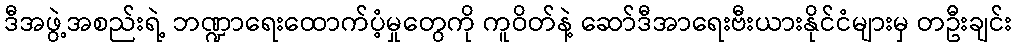
ဒီအဖွဲ့အစည်းရဲ့ ဘဏ္ဍာရေးထောက်ပံ့မှုတွေကို ကူဝိတ်နဲ့ ဆော်ဒီအာရေးဗီးယားနိုင်ငံများမှ တဦးချင်း